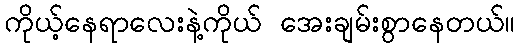
ကိုယ့်နေရာလေးနဲ့ကိုယ် အေးချမ်းစွာနေတယ်။